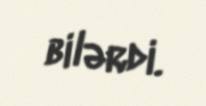
bilərdi.